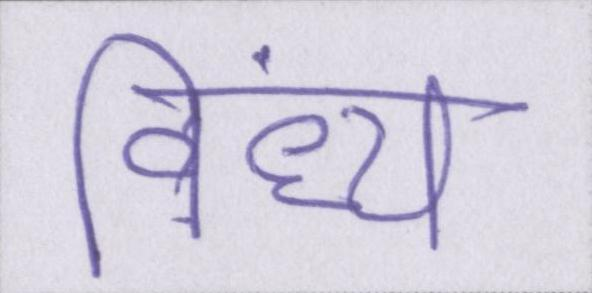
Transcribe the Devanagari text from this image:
विंध्य